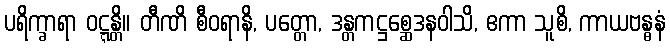
ပရိက္ခာရာ ဝဋ္ဋန္တိ။ တီဏိ စီဝရာနိ, ပတ္တော, ဒန္တကဋ္ဌစ္ဆေဒနဝါသိ, ဧကာ သူစိ, ကာယဗန္ဓနံ